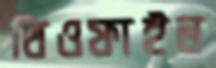
থিওফাইল